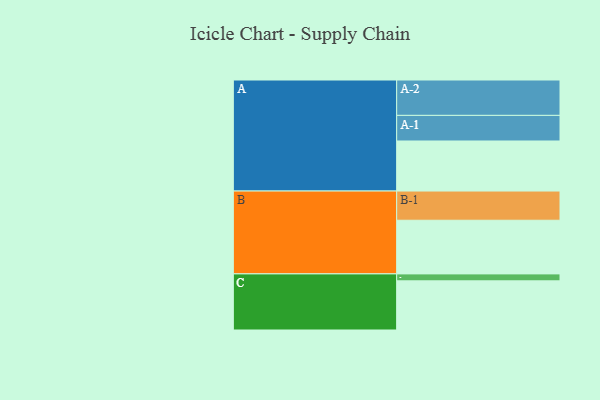
{"axis": {"x": "Segment", "y": "Value"}, "legend": ["", "A", "B", "C"], "data": [{"x": "A", "y": 389, "type": ""}, {"x": "B", "y": 417, "type": ""}, {"x": "C", "y": 382, "type": ""}, {"x": "A-1", "y": 199, "type": "A"}, {"x": "A-2", "y": 275, "type": "A"}, {"x": "B-1", "y": 227, "type": "B"}, {"x": "C-1", "y": 54, "type": "C"}]}